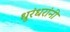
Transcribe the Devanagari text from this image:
धुरंधरांनी